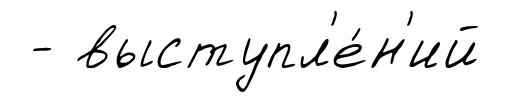
- выступл'е́н'ий